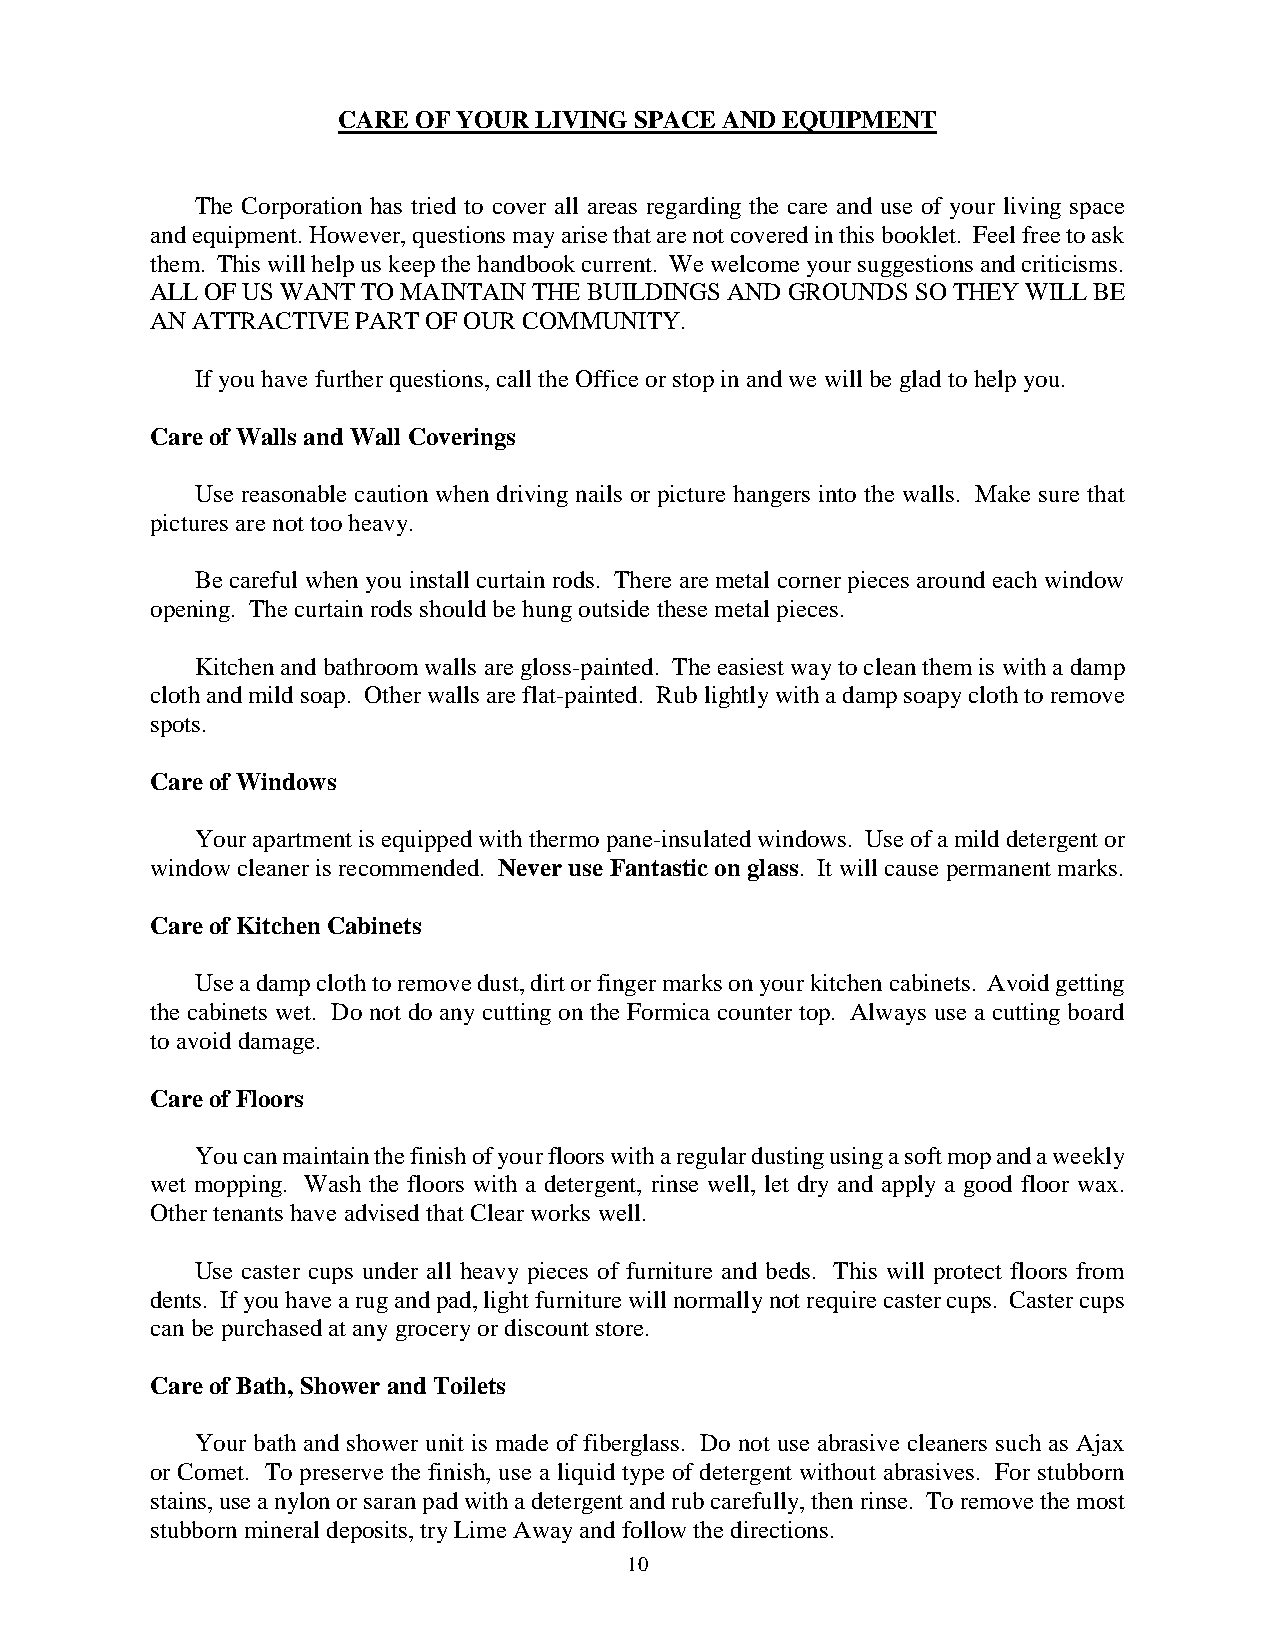
CARE OF YOUR LIVING SPACE AND EQUIPMENT
 The Corporation has tried to cover all areas regarding the care and use of your living space
 and equipment. However, questions may arise that are not covered in this booklet. Feel free to ask
 them. This will help us keep the handbook current. We welcome your suggestions and criticisms.
 ALL OF US WANT TO MAINTAIN THE BUILDINGS AND GROUNDS SO THEY WILL BE
 AN ATTRACTIVE PART OF OUR COMMUNITY.
 If you have further questions, call the Office or stop in and we will be glad to help you.
 Care of Walls and Wall Coverings
 Use reasonable caution when driving nails or picture hangers into the walls. Make sure that
 pictures are not too heavy.
 Be careful when you install curtain rods. There are metal corner pieces around each window
 opening. The curtain rods should be hung outside these metal pieces.
 Kitchen and bathroom walls are gloss-painted. The easiest way to clean them is with a damp
 cloth and mild soap. Other walls are flat-painted. Rub lightly with a damp soapy cloth to remove
 spots.
 Care of Windows
 Your apartment is equipped with thermo pane-insulated windows. Use of a mild detergent or
 window cleaner is recommended. Never use Fantastic on glass. It will cause permanent marks.
 Care of Kitchen Cabinets
 Use a damp cloth to remove dust, dirt or finger marks on your kitchen cabinets. Avoid getting
 the cabinets wet. Do not do any cutting on the Formica counter top. Always use a cutting board
 to avoid damage.
 Care of Floors
 You can maintain the finish of your floors with a regular dusting using a soft mop and a weekly
 wet mopping. Wash the floors with a detergent, rinse well, let dry and apply a good floor wax.
 Other tenants have advised that Clear works well.
 Use caster cups under all heavy pieces of furniture and beds. This will protect floors from
 dents. If you have a rug and pad, light furniture will normally not require caster cups. Caster cups
 can be purchased at any grocery or discount store.
 Care of Bath, Shower and Toilets
 Your bath and shower unit is made of fiberglass. Do not use abrasive cleaners such as Ajax
 or Comet. To preserve the finish, use a liquid type of detergent without abrasives. For stubborn
 stains, use a nylon or saran pad with a detergent and rub carefully, then rinse. To remove the most
 stubborn mineral deposits, try Lime Away and follow the directions.
 10